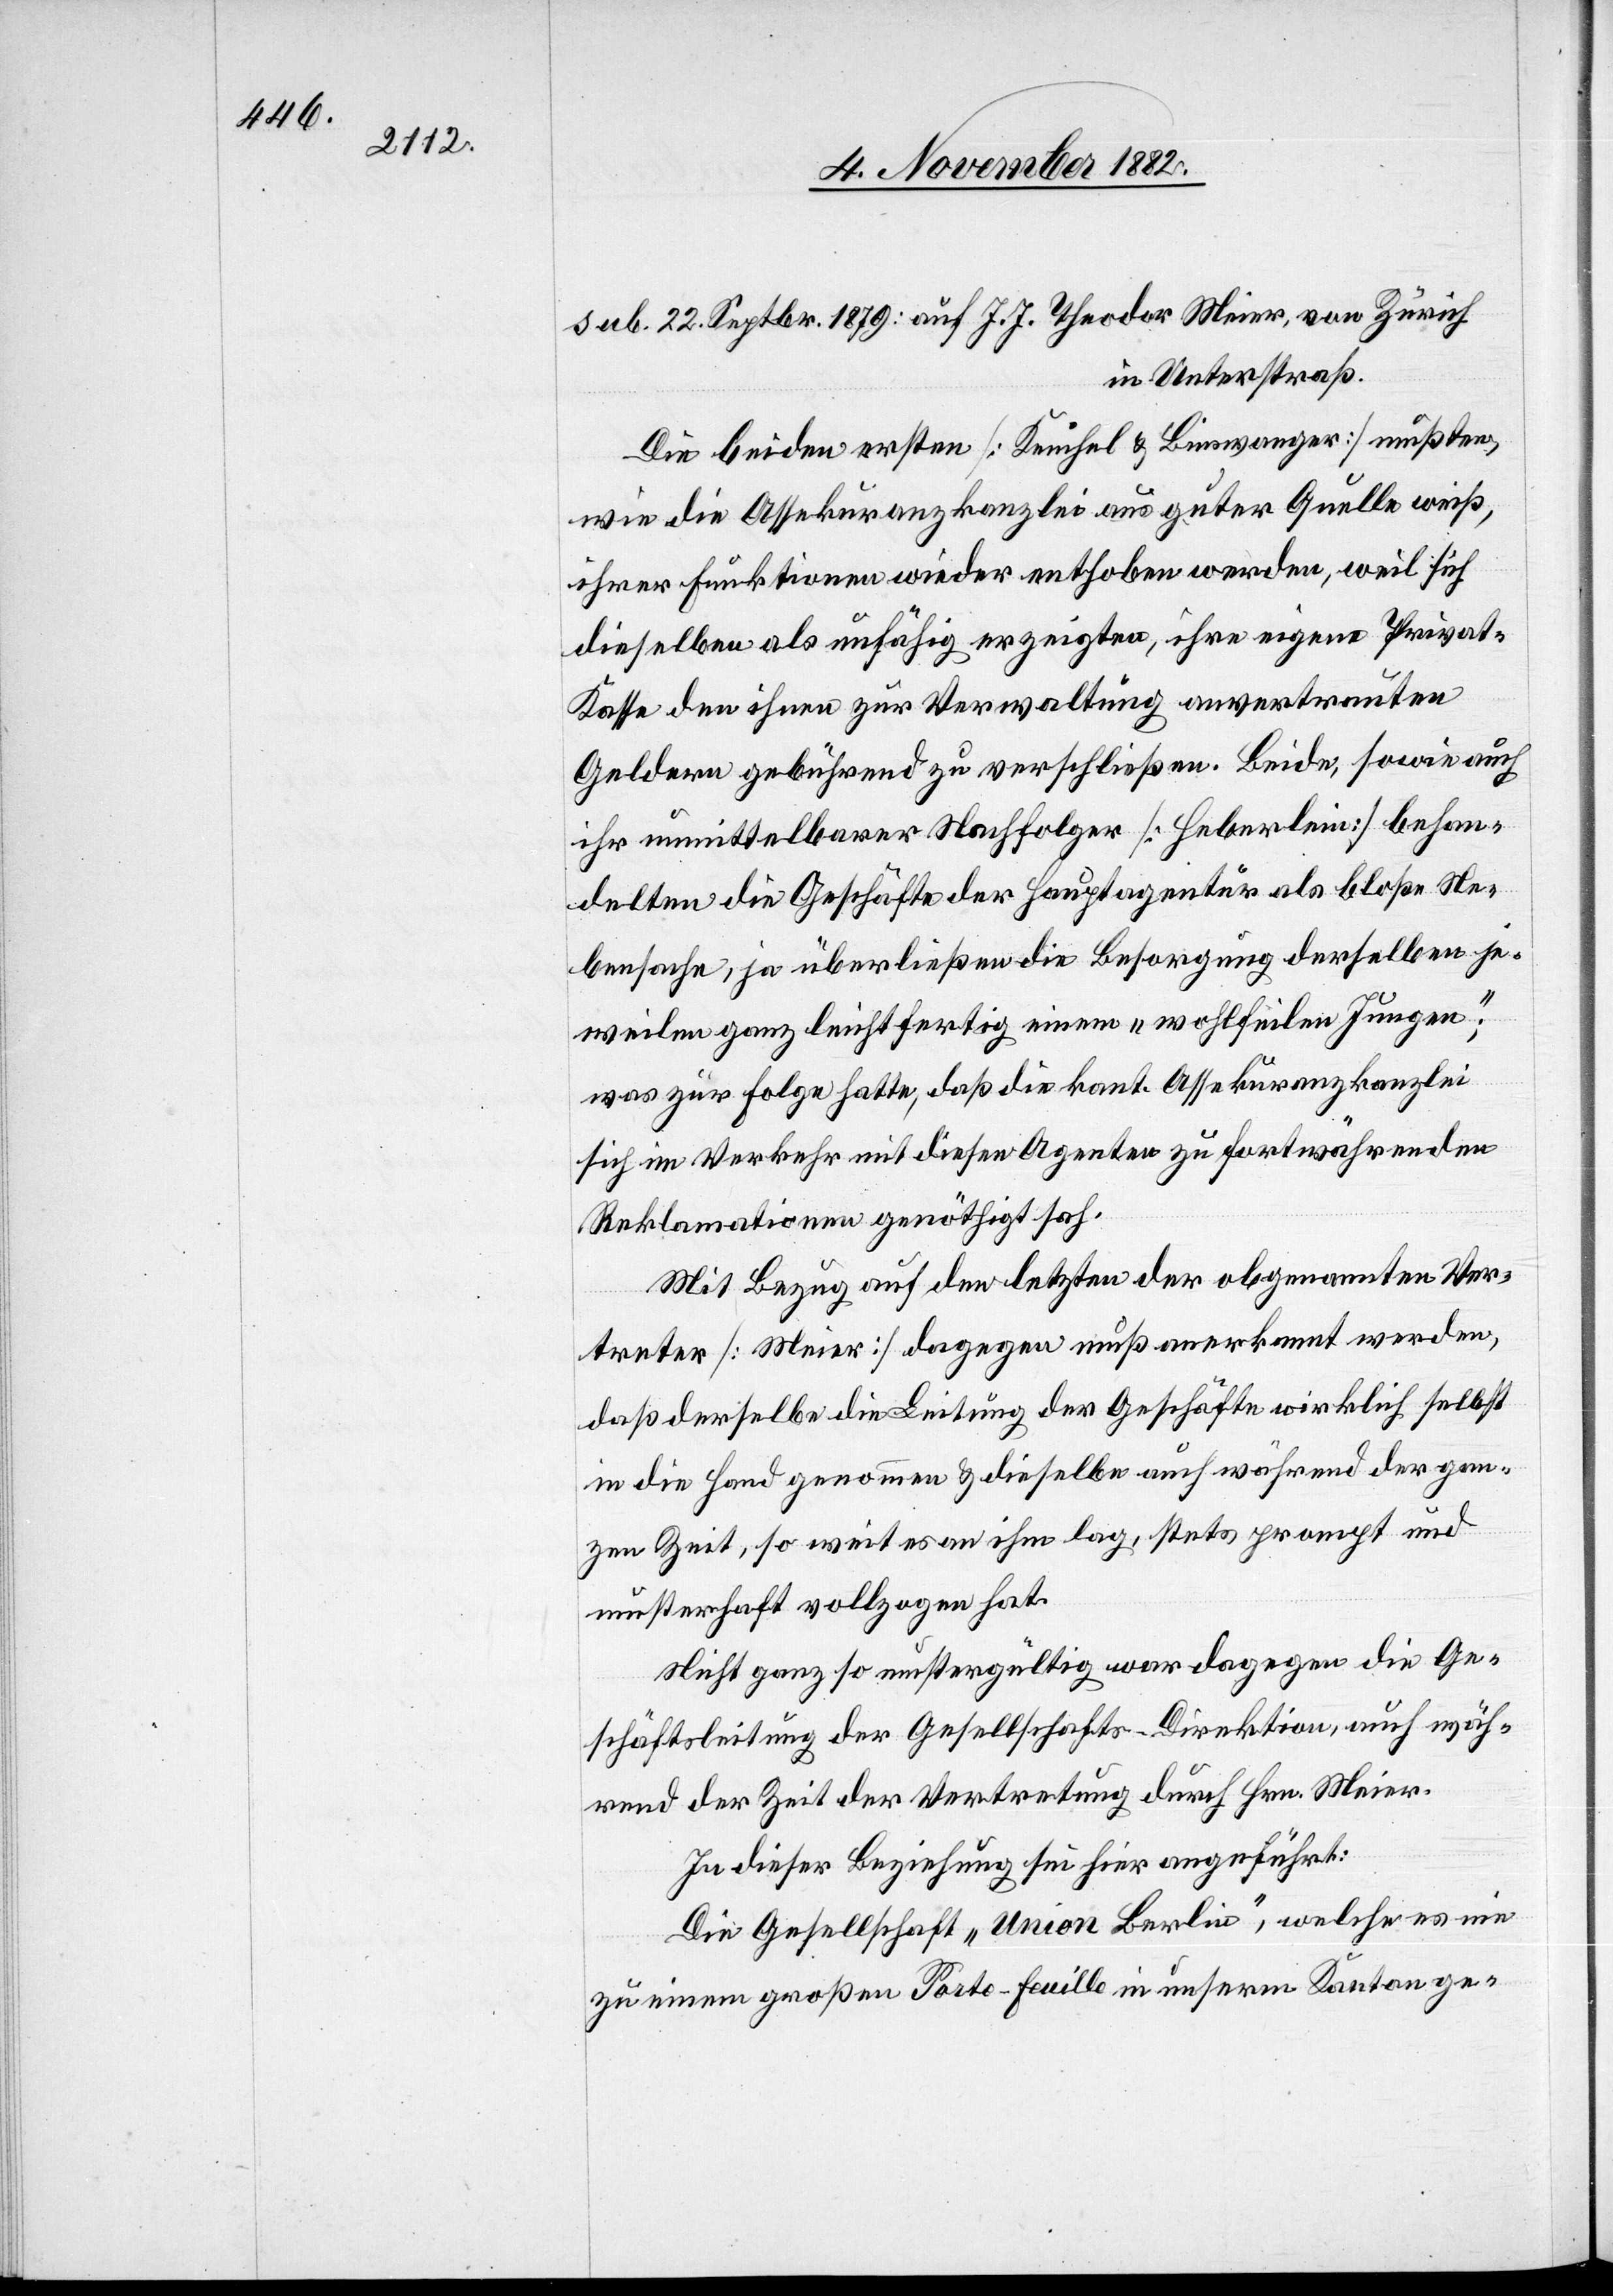
asse

in Unterstraß.
Die beiden ersten [Keuchel & Binswanger] mußten,
wie die Assekuranzkanzlei aus guter Quelle weiß,
ihrer Funktionen wieder enthoben werden, weil sich
dieselben als unfähig erzeigten, ihre eigene Privat-K¬
Geldern gebührend zu verschließen. Beide, sowie auch
ihr unmittelbarer Nachfolger [Heberlein] behan¬
delten die Geschäfte der Hauptagentur als bloße Ne¬
bensache, ja überließen die Besorgung derselben je¬
weilen ganz leichtfertig einem „wohlfeilen Jungen“;
was zur Folge hatte, daß die kant. Assekuranzkanzlei
sich im Verkehr mit diesen Agenten zu fortwährenden
Reklamationen genöthigt sah.
Mit Bezug auf den letzten der obgenannten Ver¬
treter [Meier] dagegen muß anerkannt werden,
daß derselbe die Leitung der Geschäfte wirklich selbst
in die Hand genommen & dieselbe auch während der gan¬
zen Zeit, so weit es an ihm lag, stets prompt und
musterhaft vollzogen hat.
Nicht ganz so mustergültig war dagegen die Ge¬
schäftsleitung der Gesellschafts-Direktion, auch wäh¬
rend der Zeit der Vertretung durch Hrn. Meier.
In dieser Beziehung sei hier angeführt:
Die Gesellschaft „Union Berlin“, welche es nie
zu einem großen Porte-Feuille in unserm Kanton ge-